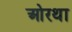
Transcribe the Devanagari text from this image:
ओरथा